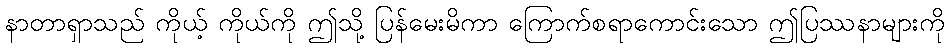
နာတာရှာသည် ကိုယ့် ကိုယ်ကို ဤသို့ ပြန်မေးမိကာ ကြောက်စရာကောင်းသော ဤပြဿနာများကို